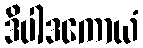
ဒိပါဒကောယံ